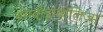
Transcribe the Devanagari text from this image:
थ्रोम्बोइम्बोलिज्म